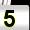
Digit: 5